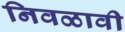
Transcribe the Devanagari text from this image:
निवळावी